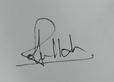
Signature authenticity: genuine